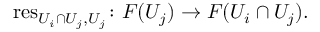
\operatorname { r e s } _ { U _ { i } \cap U _ { j } , U _ { j } } \colon F ( U _ { j } ) \rightarrow F ( U _ { i } \cap U _ { j } ) .